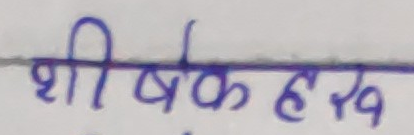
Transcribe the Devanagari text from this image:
शीर्षकहरू